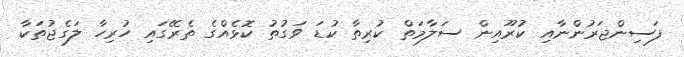
ފަސިންޖަރުންނާއި ކުރޫއިން ސަލާމަތް ކުރިތާ ކުޑަ ވަގުތު ކޮޅެއްގެ ތެރޭގައި ހުރިހާ ލަގެޖުތަކާ